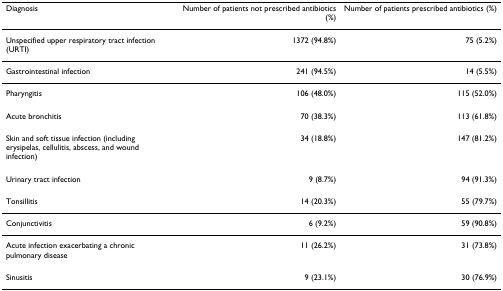
<table><thead><tr><td><b>Diagnosis</b></td><td><b>Number of patients not prescribed antibiotics (%)</b></td><td><b>Number of patients prescribed antibiotics (%)</b></td></tr></thead><tbody><tr><td>Unspecified upper respiratory tract infection (URTI)</td><td>1372 (94.8%)</td><td>75 (5.2%)</td></tr><tr><td>Gastrointestinal infection</td><td>241 (94.5%)</td><td>14 (5.5%)</td></tr><tr><td>Pharyngitis</td><td>106 (48.0%)</td><td>115 (52.0%)</td></tr><tr><td>Acute bronchitis</td><td>70 (38.3%)</td><td>113 (61.8%)</td></tr><tr><td>Skin and soft tissue infection (including erysipelas, cellulitis, abscess, and wound infection)</td><td>34 (18.8%)</td><td>147 (81.2%)</td></tr><tr><td>Urinary tract infection</td><td>9 (8.7%)</td><td>94 (91.3%)</td></tr><tr><td>Tonsillitis</td><td>14 (20.3%)</td><td>55 (79.7%)</td></tr><tr><td>Conjunctivitis</td><td>6 (9.2%)</td><td>59 (90.8%)</td></tr><tr><td>Acute infection exacerbating a chronic pulmonary disease</td><td>11 (26.2%)</td><td>31 (73.8%)</td></tr><tr><td>Sinusitis</td><td>9 (23.1%)</td><td>30 (76.9%)</td></tr></tbody></table>